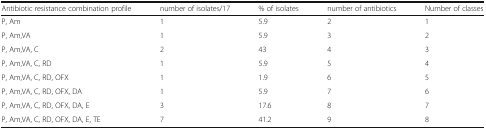
| Antibiotic resistance combination profile | number of isolates/17 | % of isolates | number of antibiotics | Number of classes |
 | --- | --- | --- | --- | --- |
 | P, Am | 1 | 5.9 | 2 | 1 |
 | P, Am,VA | 1 | 5.9 | 3 | 2 |
 | P, Am,VA, C | 2 | 43 | 4 | 3 |
 | P, Am,VA, C, RD | 1 | 5.9 | 5 | 4 |
 | P, Am,VA, C, RD, OFX | 1 | 1.9 | 6 | 5 |
 | P, Am,VA, C, RD, OFX, DA | 1 | 5.9 | 7 | 6 |
 | P, Am,VA, C, RD, OFX, DA, E | 3 | 17.6 | 8 | 7 |
 | P, Am,VA, C, RD, OFX, DA, E, TE | 7 | 41.2 | 9 | 8 |